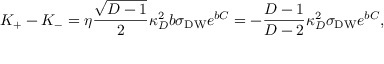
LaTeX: K _ { + } - K _ { - } = \eta { \frac { \sqrt { D - 1 } } { 2 } } \kappa _ { D } ^ { 2 } b \sigma _ { \mathrm { D W } } e ^ { b C } = - { \frac { D - 1 } { D - 2 } } \kappa _ { D } ^ { 2 } \sigma _ { \mathrm { D W } } e ^ { b C } ,